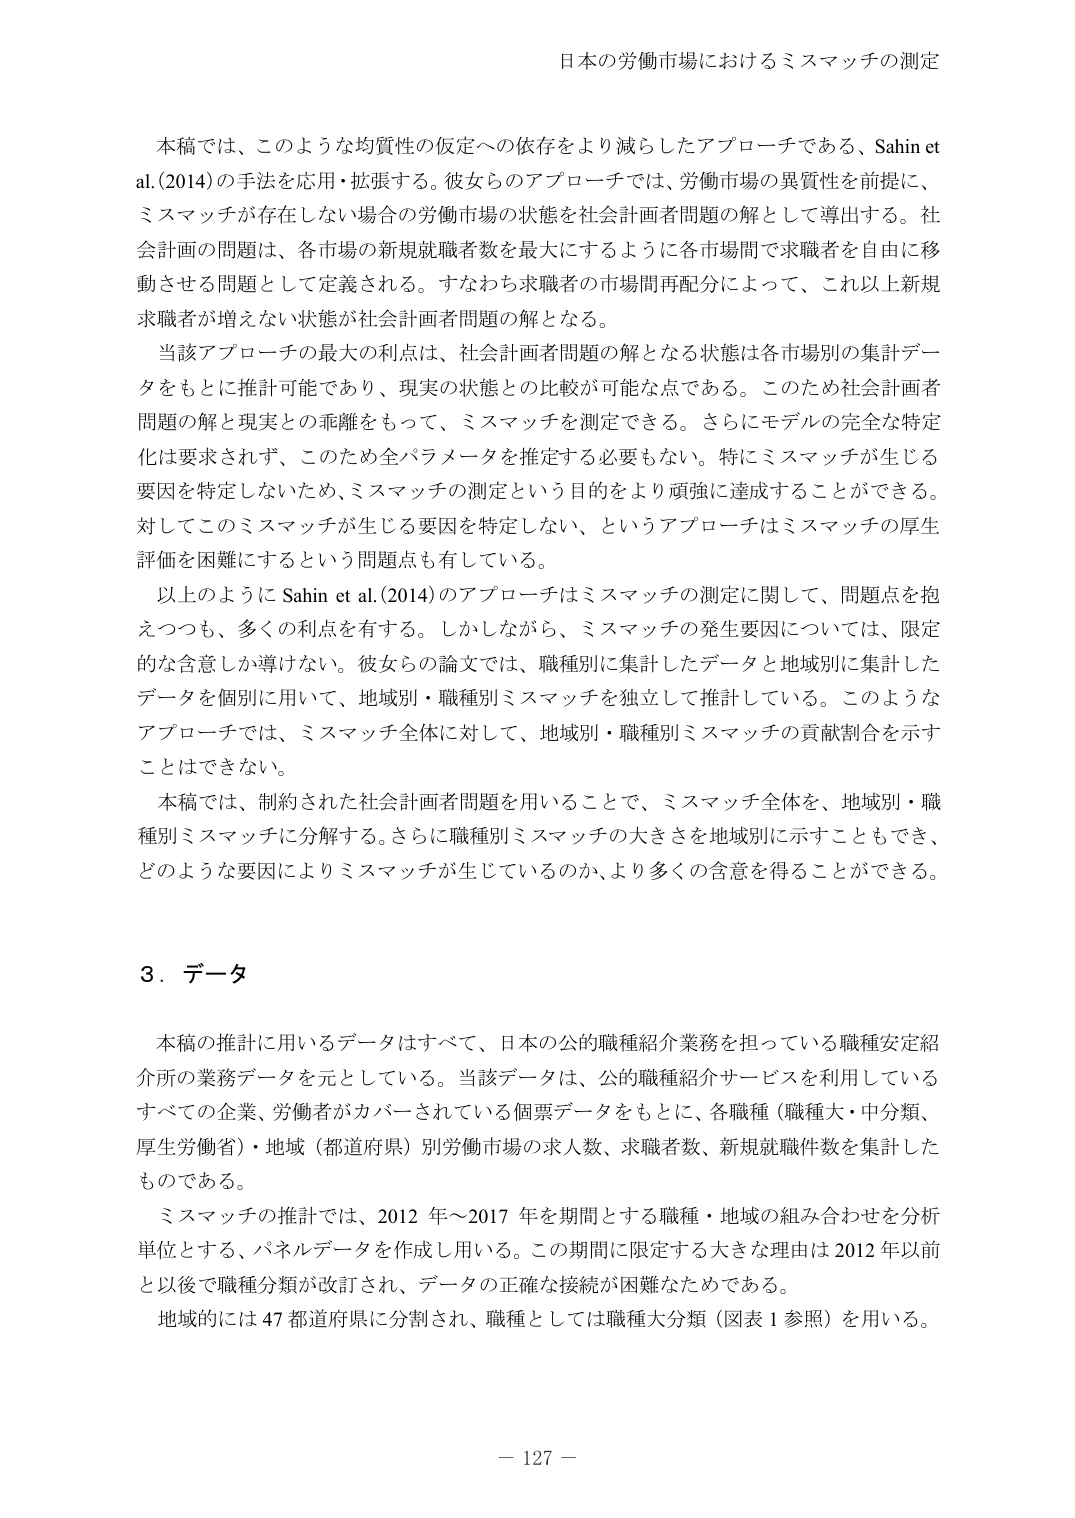
日本の労働市場におけるミスマッチの測定

本稿では、このような均質性の仮定への依存をより減らしたアプローチである、Sahin et al. (2014) の手法を応用・拡張する。彼女らのアプローチでは、労働市場の異質性を前提に、ミスマッチが存在しない場合の労働市場の状態を社会計画者問題の解として導出する。社会計画の問題は、各市場の新規就職者数を最大にするように各市場間で求職者を自由に移動させる問題として定義される。すなわち求職者の市場間再配分によって、これ以上新規求職者が増えない状態が社会計画者問題の解となる。

当該アプローチの最大の利点は、社会計画者問題の解となる状態は各市場別の集計データをもとに推計可能であり、現実の状態との比較が可能な点である。このため社会計画者問題の解と現実との乖離をもって、ミスマッチを測定できる。さらにモデルの完全な特定化は要求されず、このため全パラメータを推定する必要もない。特にミスマッチが生じる要因を特定しないため、ミスマッチの測定という目的をより頑強に達成することができる。対してこのミスマッチが生じる要因を特定しない、というアプローチはミスマッチの厚生評価を困難にするという問題点も有している。

以上のように Sahin et al. (2014) のアプローチはミスマッチの測定に関して、問題点を抱えつつも、多くの利点を有する。しかしながら、ミスマッチの発生要因については、限定的な含意しか導けない。彼女らの論文では、職種別に集計したデータと地域別に集計したデータを個別に用いて、地域別・職種別ミスマッチを独立して推計している。このようなアプローチでは、ミスマッチ全体に対して、地域別・職種別ミスマッチの貢献割合を示すことはできない。

本稿では、制約された社会計画者問題を用いることで、ミスマッチ全体を、地域別・職種別ミスマッチに分解する。さらに職種別ミスマッチの大きさを地域別に示すこともでき、どのような要因によりミスマッチが生じているのか、より多くの含意を得ることができる。

3．データ

本稿の推計に用いるデータはすべて、日本の公的職種紹介業務を担っている職種安定紹介所の業務データを元としている。当該データは、公的職種紹介サービスを利用しているすべての企業、労働者がカバーされている個票データをもとに、各職種（職種大・中分類、厚生労働省）・地域（都道府県）別労働市場の求人数、求職者数、新規就職件数を集計したものである。

ミスマッチの推計では、2012 年～2017 年を期間とする職種・地域の組み合わせを分析単位とする、パネルデータを作成し用いる。この期間に限定する大きな理由は 2012 年以前と以後で職種分類が改訂され、データの正確な接続が困難なためである。

地域的には 47 都道府県に分割され、職種としては職種大分類（図表 1 参照）を用いる。

－ 127 －